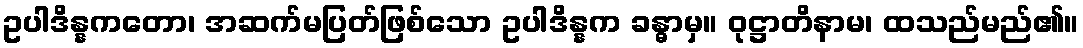
ဥပါဒိန္နကတော၊ အဆက်မပြတ်ဖြစ်သော ဥပါဒိန္နက ခန္ဓာမှ။ ဝုဋ္ဌာတိနာမ၊ ထသည်မည်၏။